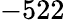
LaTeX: -522